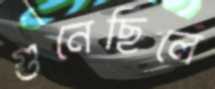
গুনেছিলে